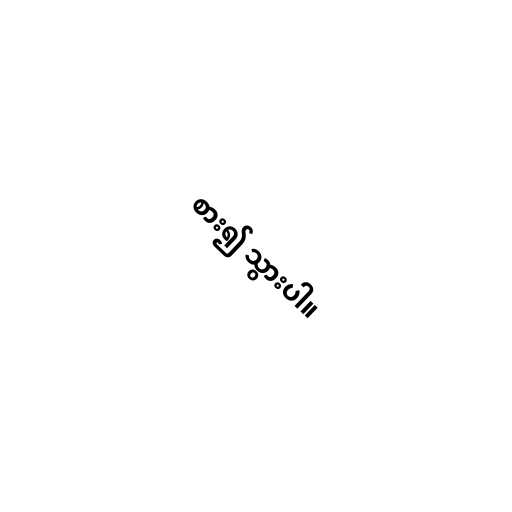
စား၍ သွားပါ။